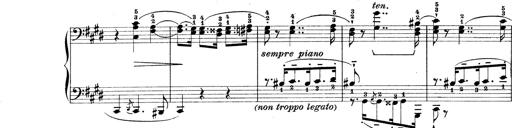
Title: Rapsodie: 19 ungheresi, 1 spagnuola
Composer: Franz Liszt